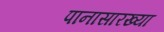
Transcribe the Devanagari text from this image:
पानासारख्या